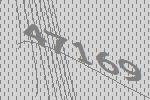
47169